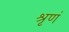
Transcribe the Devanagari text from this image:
श्रृणं